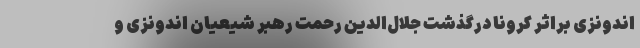
اندونزی براثر کرونا درگذشت جلال‌الدین رحمت رهبر شیعیان اندونزی و